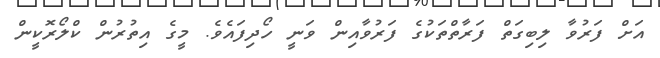
އަށް ފަރުވާ ލިބިގަތް ފަރާތްތަކުގެ ފަރުވާއިން ވަނީ ހޯދިފައެވެ. މީގެ އިތުރުން ކްލޯރޮކީން